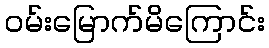
ဝမ်းမြောက်မိကြောင်း